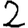
Digit: 2